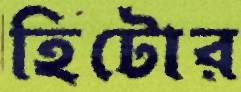
হিটোর